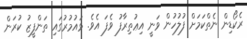
ރެކޯޑިން ނެތްކަމަށް ފުލުހުން ވަނީ އިޢުތިރާފު ވެފަ އެވެ. ޅައުމުރުގައި ތަންފީޒު ކުރަން